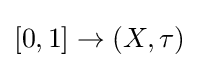
[0,1]\to (X,\tau )